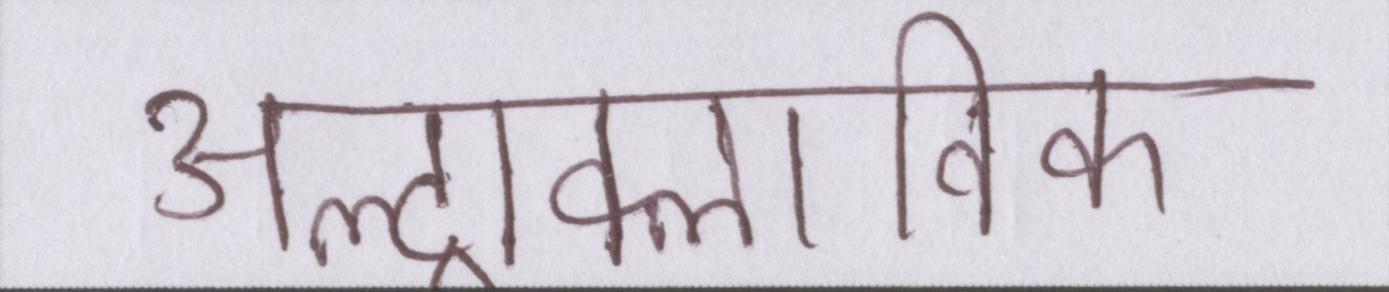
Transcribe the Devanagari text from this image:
अल्ट्राक्लाविक